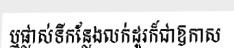
ឬផ្លាស់ទីកន្លែងលក់ដូរក៏ជាឱកាស